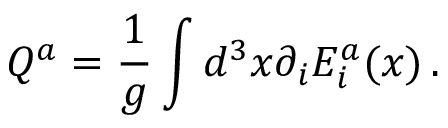
Q ^ { a } = \frac 1 { g } \int d ^ { 3 } x \partial _ { i } E _ { i } ^ { a } ( x ) \, .